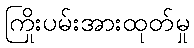
ကြိုးပမ်းအားထုတ်မှု